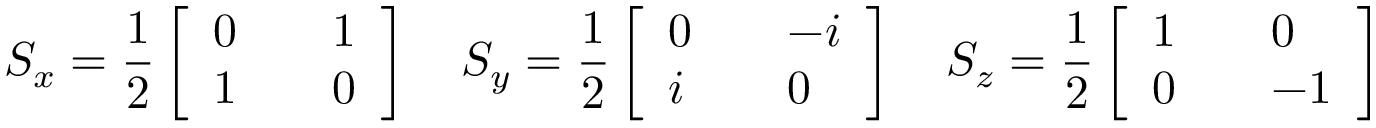
S _ { x } = \frac { 1 } { 2 } \left[ \begin{array} { l l l } { 0 } & & { 1 } \\ { 1 } & & { 0 } \end{array} \right] \quad S _ { y } = \frac { 1 } { 2 } \left[ \begin{array} { l l l } { 0 } & & { - i } \\ { i } & & { 0 } \end{array} \right] \quad S _ { z } = \frac { 1 } { 2 } \left[ \begin{array} { l l l } { 1 } & & { 0 } \\ { 0 } & & { - 1 } \end{array} \right]